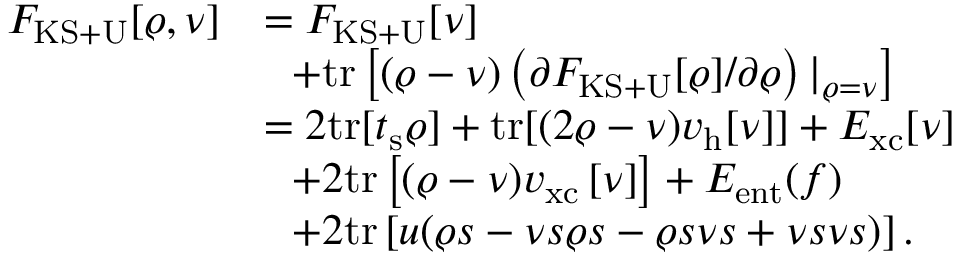
\begin{array} { r l } { { \cal F } _ { \mathrm { K S + U } } [ \varrho , \nu ] } & { = F _ { \mathrm { K S + U } } [ \nu ] } \\ & { ~ ~ + \mathrm { t r } \left[ ( \varrho - \nu ) \left( \partial F _ { \mathrm { K S + U } } [ \varrho ] / \partial \varrho \right) \vert _ { \varrho = { \nu } } \right] } \\ & { = 2 \mathrm { t r } [ t _ { \mathrm { s } } \varrho ] + \mathrm { t r } [ ( 2 \varrho - \nu ) v _ { \mathrm { h } } [ \nu ] ] + E _ { \mathrm { x c } } [ \nu ] } \\ & { ~ ~ + 2 \mathrm { t r } \left[ ( \varrho - \nu ) v _ { \mathrm { x c } } \left[ \nu \right] \right] + E _ { \mathrm { e n t } } ( f ) } \\ & { ~ ~ + 2 \mathrm { t r } \left[ u ( \varrho s - \nu s \varrho s - \varrho s \nu s + \nu s \nu s ) \right] . } \end{array}